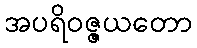
အပရိဝဇ္ဇယတော